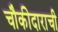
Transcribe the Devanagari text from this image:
चौकीदाराची